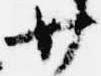
廿